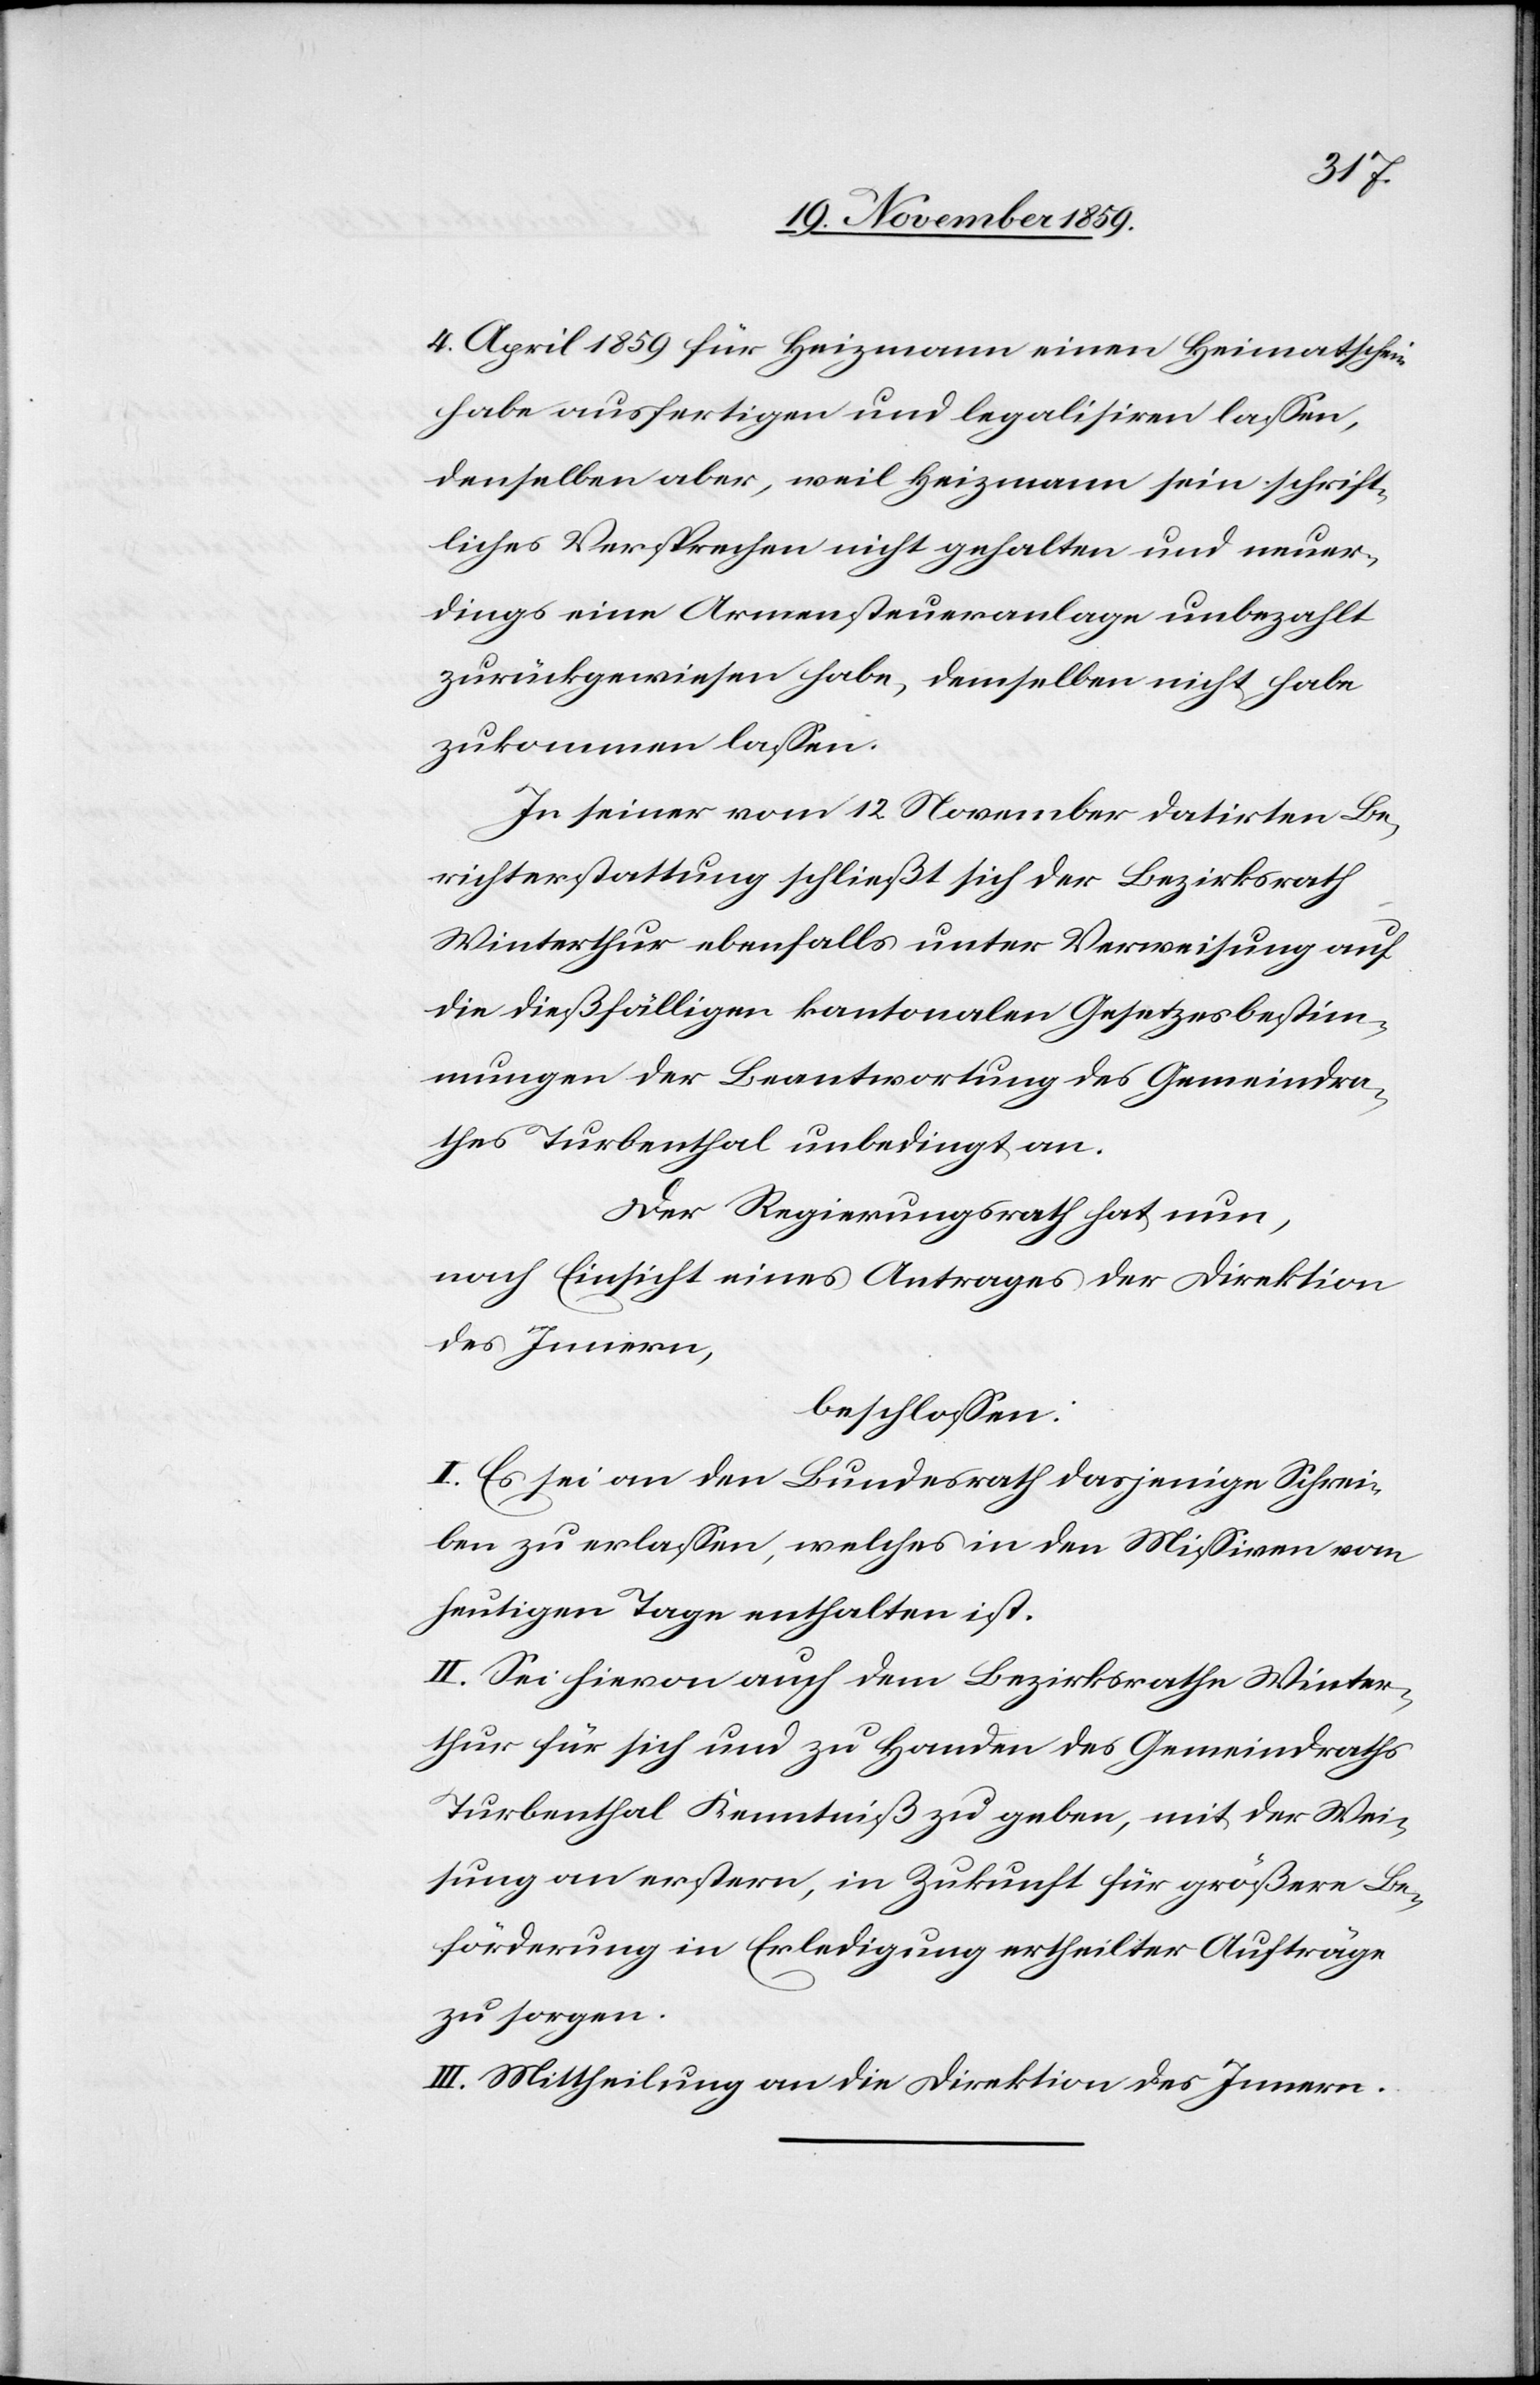
4. April 1859 für Heizmann einen Heimatschein
habe ausfertigen und legalisieren lassen,
denselben aber, weil Heizmann sein schrift¬
liches Versprechen nicht gehalten und neuer¬
dings eine Armensteueranlage unbezahlt
zurückgewiesen habe, demselben nicht habe
zukommen lassen.
In seiner vom 12 November datirten Be¬
richterstattung schließt sich der Bezirksrath
Winterthur ebenfalls unter Verweisung auf
die dießfälligen kantonalen Gesetzesbestim¬
mungen der Beantwortung des Gemeindra¬
thes Turbenthal unbedingt an.
Der Regierungsrath hat nun,
nach Einsicht eines Antrages der Direktion
des Innern,
beschlossen:
I. Es sei an den Bundesrath dasjenige Schrei¬
ben zu erlassen, welches in den Missiven vom
heutigen Tage enthalten ist.
II. Sei hievon auch dem Bezirksrathe Winter¬
thur für sich und zu Handen des Gemeindraths
Turbenthal Kenntniß zu geben, mit der Wei¬
sung an erstern, in Zukunft für größere Be¬
förderung in Erledigung ertheilter Aufträge
zu sorgen.
III. Mittheilung an die Direktion des Innern.